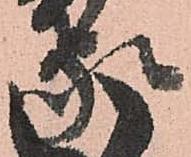
家